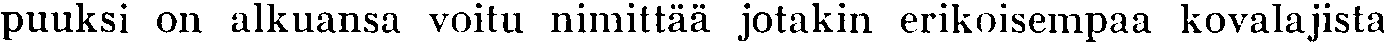
puuksi on alkuansa voitu nimittää jotakin erikoisempaa kovalajista